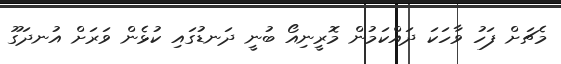
މެޗަށް ފަހު ވާހަކަ ދައްކަމުން މޮރީނިއޯ ބުނީ ދަނޑުގައި ކުޅެން ވަރަށް އުނދަގޫ